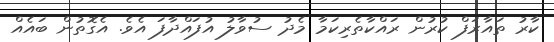
ކާރު ތައާރަފް ކުރުން ރައްކާތެރިކަމާ މެދު ސުވާލު އުފައްދާފަ އެވެ. އެގޮތުން ބައެއް